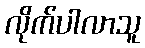
လိုက်ပါလာသူ